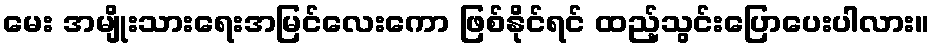
မေး အမျိုးသားရေးအမြင်လေးကော ဖြစ်နိုင်ရင် ထည့်သွင်းပြောပေးပါလား။